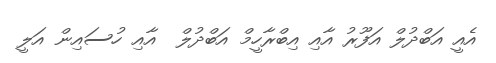
އެއީ އަބްދުލް އަފޫރު އާއި އިބްރާހީމް އަބްދުލް  އާއި ހުސައިން އަލީ